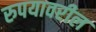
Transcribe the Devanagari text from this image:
रुपयावरील